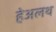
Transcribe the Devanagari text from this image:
हेअलथ